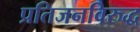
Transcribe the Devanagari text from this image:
प्रतिजनविरुद्ध